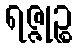
ရဇ္ဇုဉ္စ